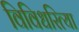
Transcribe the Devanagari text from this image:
विविधरित्या